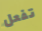
تفعل